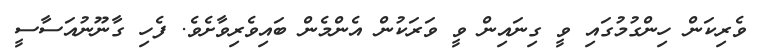
ވެރިކަން ހިންގުމުގައި ވީ ގިނައިން ވީ ވަރަކުން އެންމެން ބައިވެރިވާށެވެ. ފެހި ގާނޫނުއަސާސީ